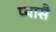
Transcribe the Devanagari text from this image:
प्यासै